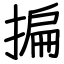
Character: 揙